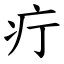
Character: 疔